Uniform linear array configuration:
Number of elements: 64
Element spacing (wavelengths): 0.5
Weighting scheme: uniform
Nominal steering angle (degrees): -60
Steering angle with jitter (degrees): -59.194
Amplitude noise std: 0.05
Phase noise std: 0.05

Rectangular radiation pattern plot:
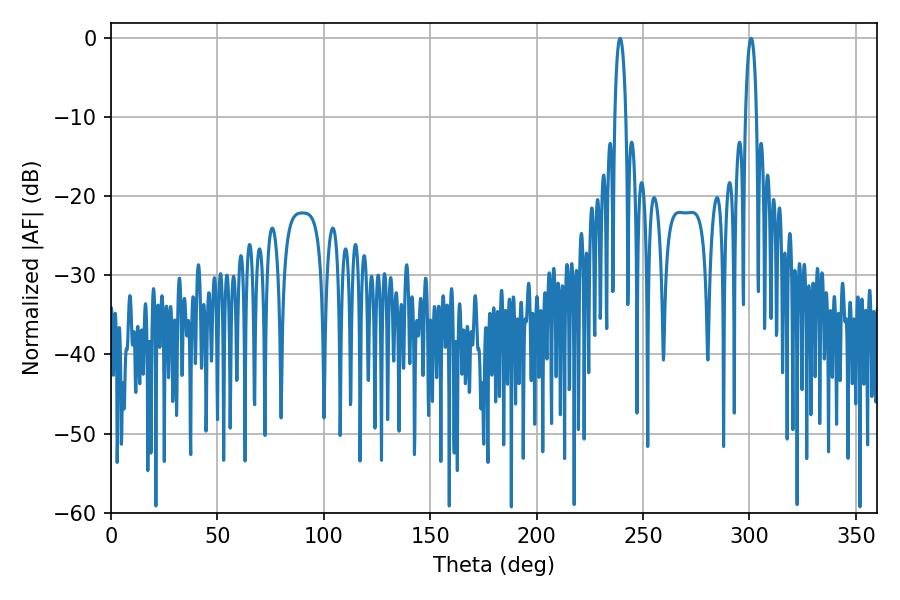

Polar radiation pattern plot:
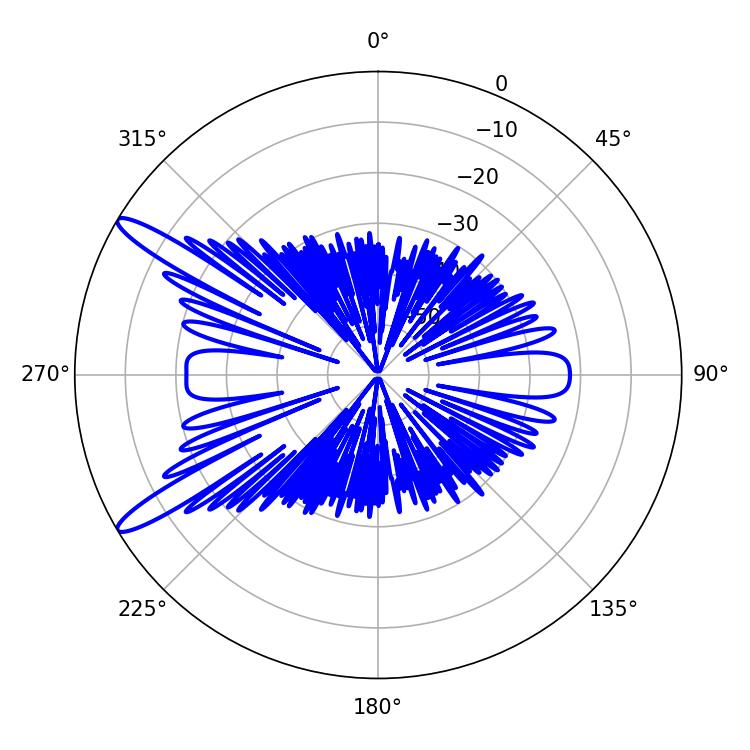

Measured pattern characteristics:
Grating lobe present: FALSE
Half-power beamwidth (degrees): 2.88
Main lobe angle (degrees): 239.22